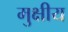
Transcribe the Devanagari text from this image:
मुक्षीय